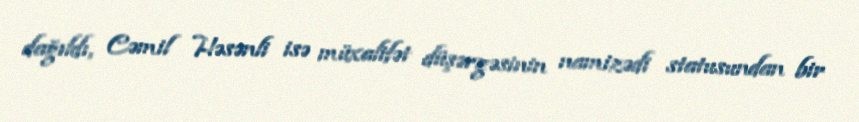
dağıldı, Cəmil Həsənli isə müxalifət düşərgəsinin namizədi statusundan bir